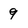
Character: 9